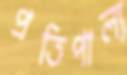
প্রতিপাল্য